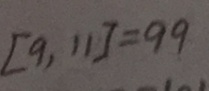
[ 9 , 1 1 ] = 9 9